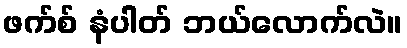
ဖက်စ် နံပါတ် ဘယ်လောက်လဲ။